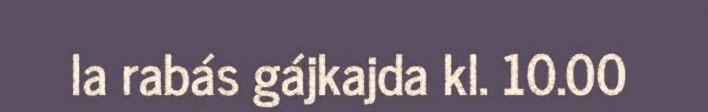
la rabás gájkajda kl. 10.00